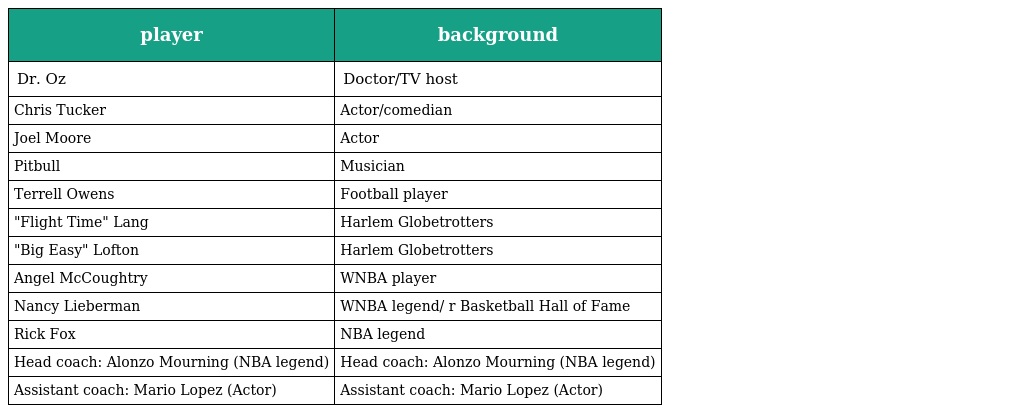
| player | background |
 | --- | --- |
 | Dr. Oz | Doctor/TV host |
 | Chris Tucker | Actor/comedian |
 | Joel Moore | Actor |
 | Pitbull | Musician |
 | Terrell Owens | Football player |
 | "Flight Time" Lang | Harlem Globetrotters |
 | "Big Easy" Lofton | Harlem Globetrotters |
 | Angel McCoughtry | WNBA player |
 | Nancy Lieberman | WNBA legend/ r Basketball Hall of Fame |
 | Rick Fox | NBA legend |
 | Head coach: Alonzo Mourning (NBA legend) | Head coach: Alonzo Mourning (NBA legend) |
 | Assistant coach: Mario Lopez (Actor) | Assistant coach: Mario Lopez (Actor) |